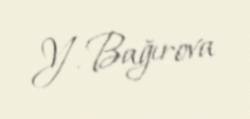
Y. Bağırova